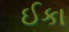
ઈકા